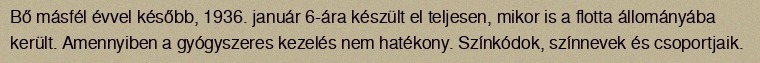
Bő másfél évvel később, 1936. január 6-ára készült el teljesen, mikor is a flotta állományába került. Amennyiben a gyógyszeres kezelés nem hatékony. Színkódok, színnevek és csoportjaik.